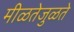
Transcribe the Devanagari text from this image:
मीळतेजुळते